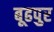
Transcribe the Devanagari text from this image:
बूढपुर